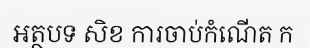
អត្ថបទ សិខ ការចាប់កំណើត ក